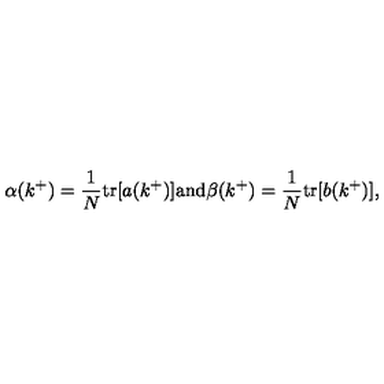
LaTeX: \alpha ( k ^ { + } ) = \frac { 1 } { N } \mathrm { t r } [ a ( k ^ { + } ) ] \mathrm { a n d } \beta ( k ^ { + } ) = \frac { 1 } { N } \mathrm { t r } [ b ( k ^ { + } ) ] ,